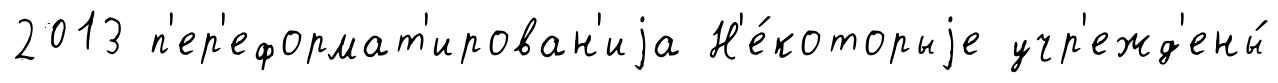
2013 п'ер'еформат'ирован'иjа Н'е́которыjе учр'ежд'ены́